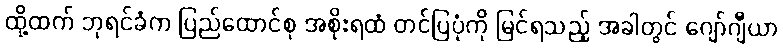
ထို့ထက် ဘုရင်ခံက ပြည်ထောင်စု အစိုးရထံ တင်ပြပုံကို မြင်ရသည့် အခါတွင် ဂျော်ဂျီယာ